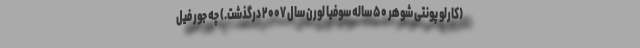
(کارلو پونتی شوهر ۵۰ ساله سوفیا لورن سال ۲۰۰۷ درگذشت.) چه جور فیل